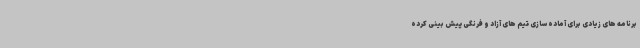
برنامه های زیادی برای آماده سازی تیم های آزاد و فرنگی پیش بینی کرده